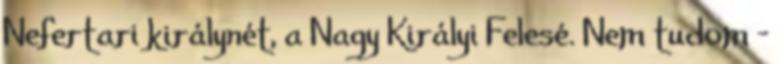
Nefertari királynét, a Nagy Királyi Felesé. Nem tudom -